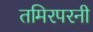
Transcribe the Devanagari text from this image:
तमिरपरनी